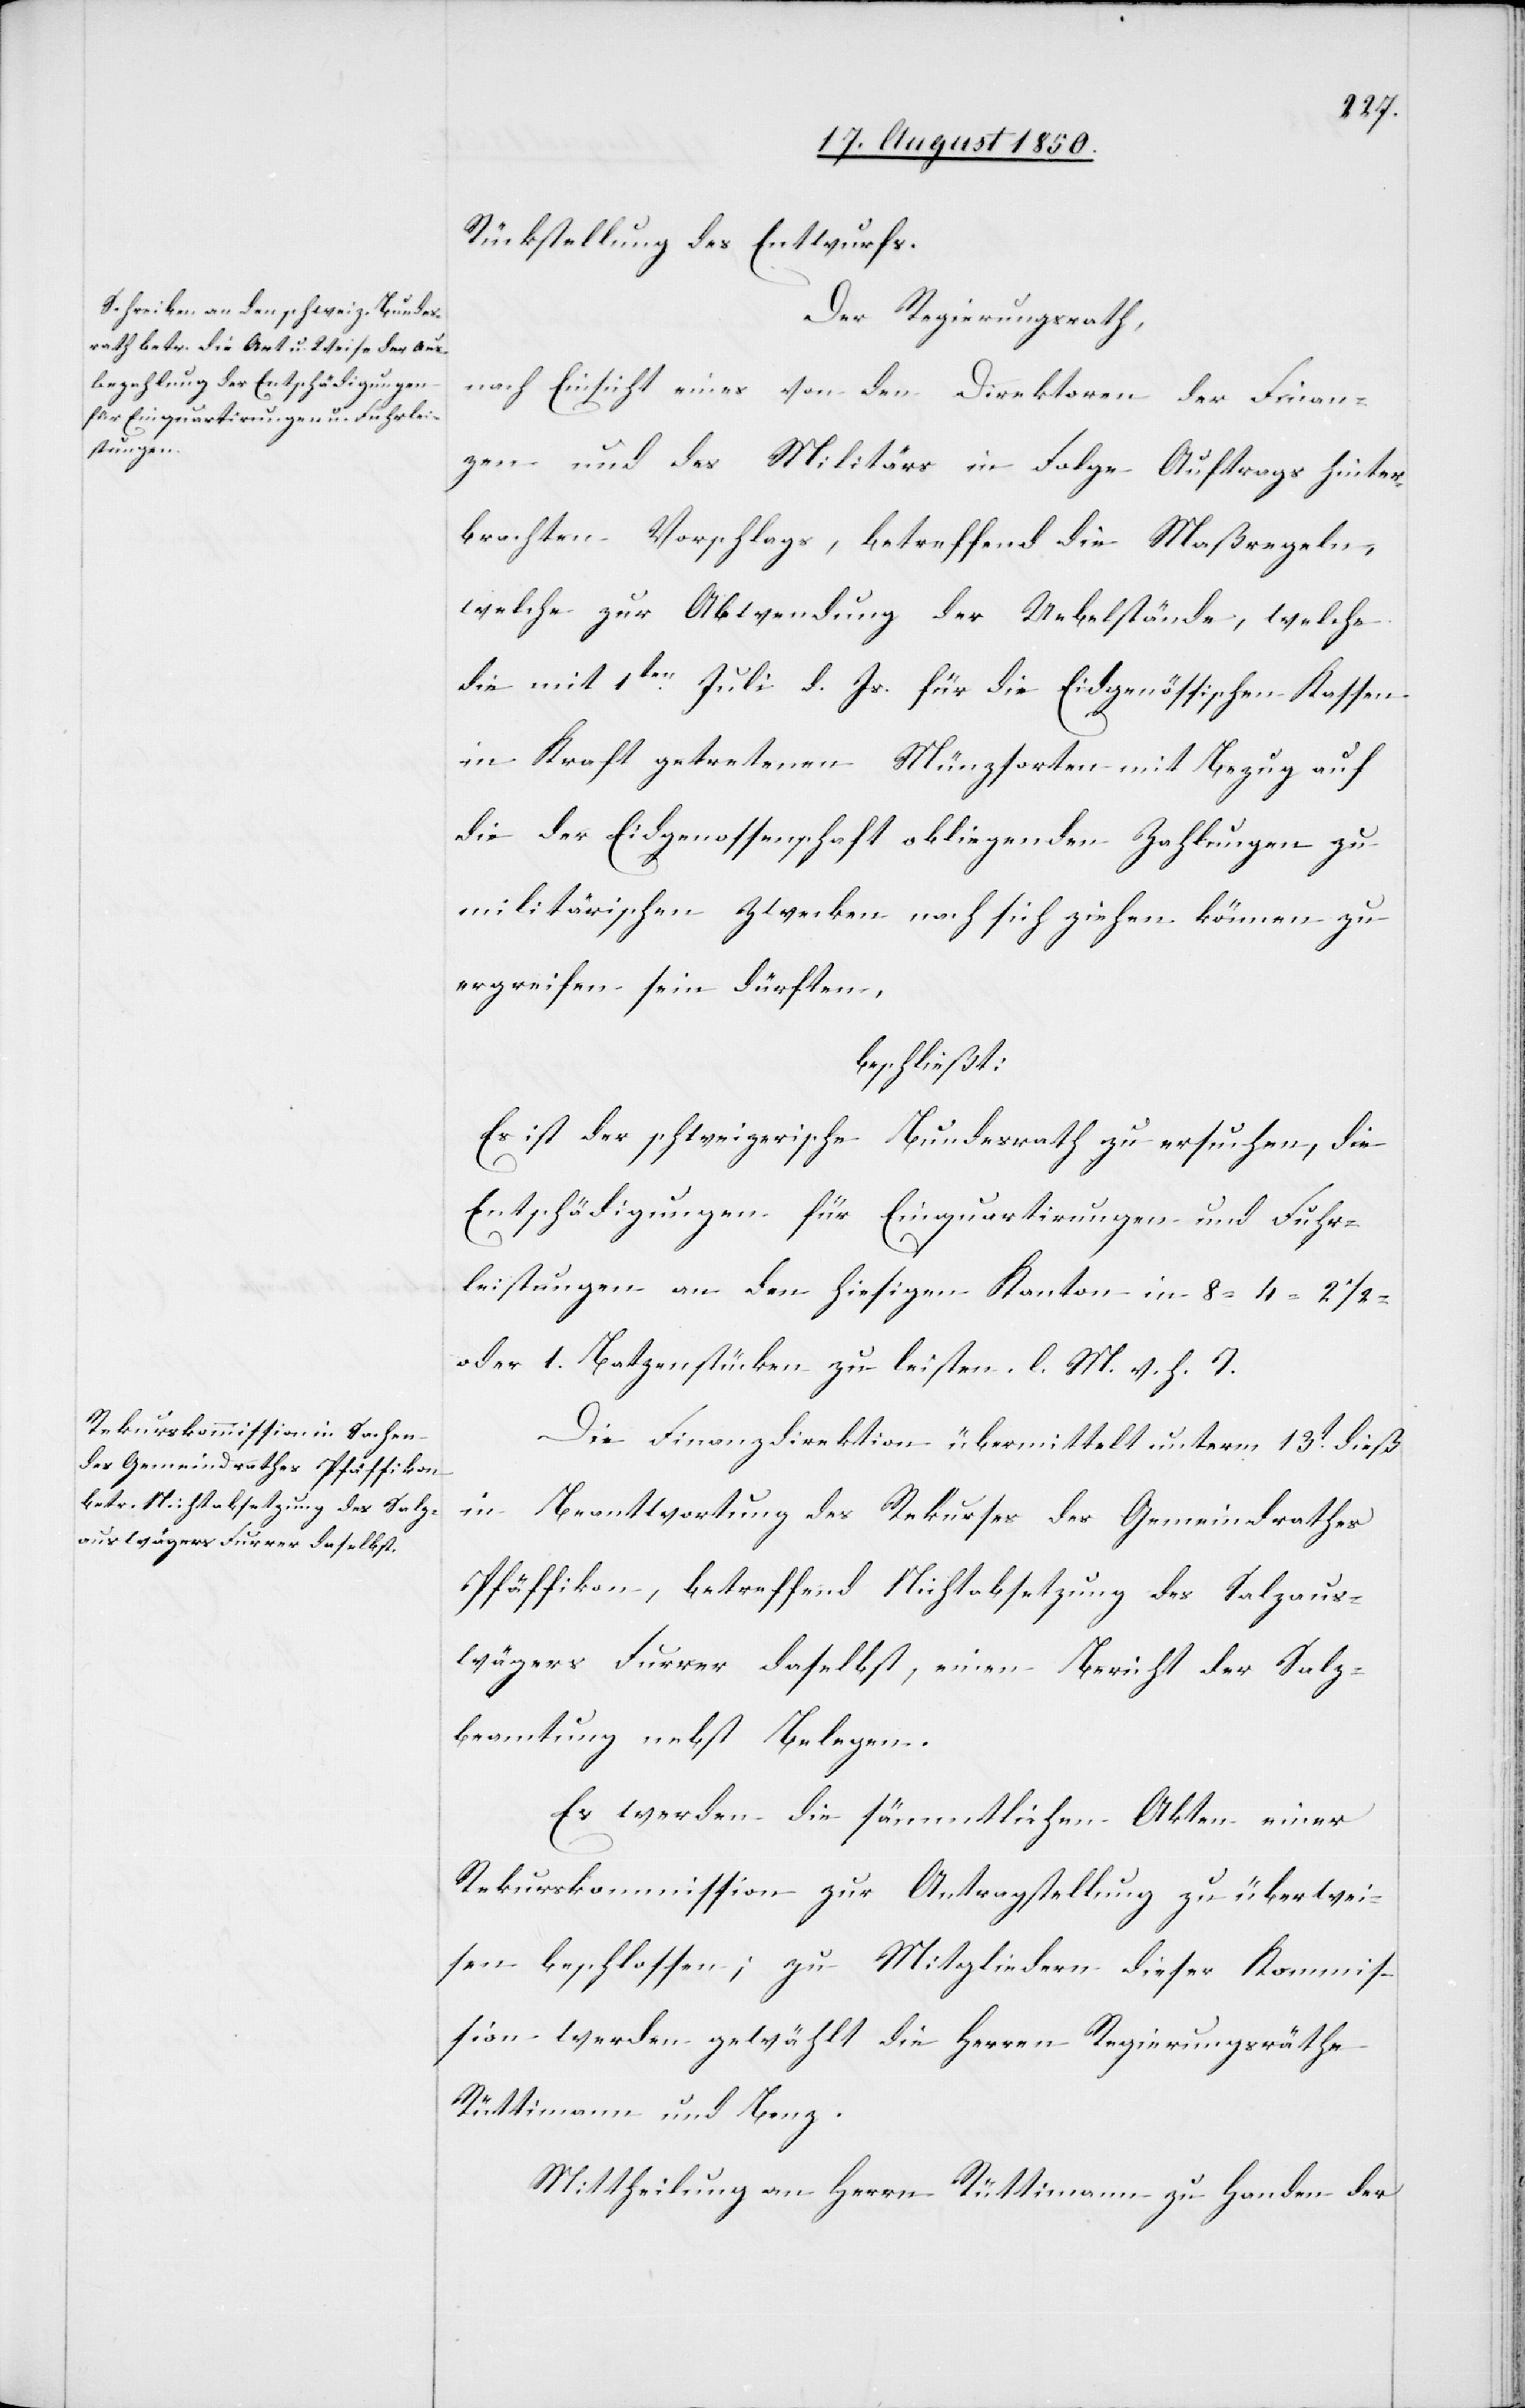
Rückstellung des Entwurfs.
Der Regierungsrath,
nach Einsicht eines von den Direktoren der Finan¬
zen und des Militärs in Folge Auftrags hinter¬
brachten Vorschlags, betreffend die Maßregeln,
welche zur Abwendung der Uebelstände, welche
die mit 1ten Juli d. Js. für die Eidgenössischen Kassen
in Kraft getretenen Münzsorten mit Bezug auf
die der Eidgenossenschaft obliegenden Zahlungen zu
militärischen Zwecken nach sich ziehen können zu
ergreifen sein dürften
beschließt:
Es ist der schweizerische Bundesrath zu ersuchen, die
Entschädigungen für Einquartirungen und Fuhr¬
leistungen an den hiesigen Kanton in 8-[,] 4-[,]
oder 1. Batzenstücken zu leisten. l. M. v. h. T.
Die Finanzdirektion übermittelt unterm 13t dieß
in Beantwortung des Rekurses des Gemeindrathes
Pfäffikon, betreffend Nichtabsetzung des Salzaus¬
wägers Furrer daselbst, einen Bericht der Salz¬
beamtung nebst Belegen.
Es werden die sämmtlichen Akten einer
Rekurskommission zur Antragstellung zu überwei¬
sen beschlossen; zu Mitgliedern dieser Kommis¬
sion werden gewählt die Herren Regierungsräthe
Rüttimann und Benz.
Mittheilung an Herrn Rüttimann zu Handen der